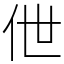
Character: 伳